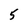
Character: 5